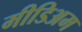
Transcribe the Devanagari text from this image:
मीडिअम